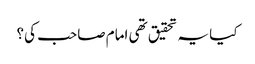
کیا یہ تحقیق تھی امام صاحب کی؟